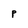
Character: P